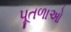
પૂતળાઓ